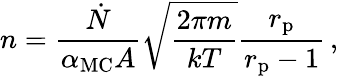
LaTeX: n=\frac{\dot{N}}{\alpha_{\mathrm{MC}}A}\sqrt{\frac{2\pi m}{kT}}\frac{r_{\mathrm{p}}}{r_{\mathrm{p}}-1}\, ,